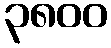
၃၈၀၀